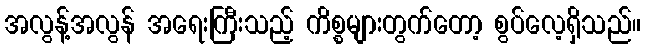
အလွန့်အလွန် အရေးကြီးသည့် ကိစ္စများတွက်တော့ စွပ်လေ့ရှိသည်။